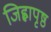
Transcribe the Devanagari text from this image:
जिह्वापृष्ठ